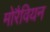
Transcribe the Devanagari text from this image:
मोरैवियन